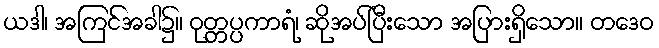
ယဒါ၊ အကြင်အခါ၌။ ဝုတ္တပ္ပကာရံ၊ ဆိုအပ်ပြီးသော အပြားရှိသော။ တဒေဝ